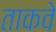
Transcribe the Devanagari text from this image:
ताकवे